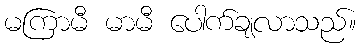
မကြာမီ မာမီ ပေါက်ချလာသည်။